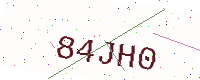
Text: 84JH0